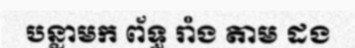
បន្លាមក ព័ទ្ធ រាំង តាម ដង